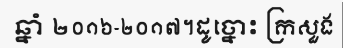
ឆ្នាំ ២០១៦-២០១៧។ដូច្នោះ ក្រសួង